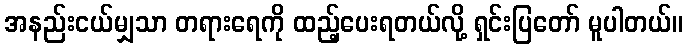
အနည်းငယ်မျှသာ တရားရေကို ထည့်ပေးရတယ်လို့ ရှင်းပြတော် မူပါတယ်။